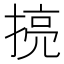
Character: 𱠜